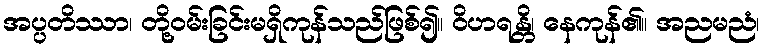
အပ္ပတိဿာ၊ တို့ဝမ်းခြင်းမရှိကုန်သည်ဖြစ်၍။ ဝိဟရန္တိ၊ နေကုန်၏။ အညမညံ၊